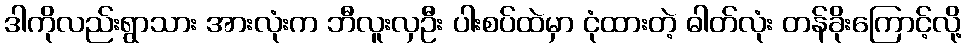
ဒါကိုလည်းရွာသား အားလုံးက ဘီလူးလှဦး ပါးစပ်ထဲမှာ ငုံထားတဲ့ ဓါတ်လုံး တန်ခိုးကြောင့်လို့